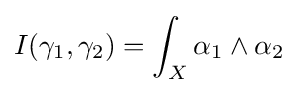
I(\gamma _{1},\gamma _{2})=\int _{X}\alpha _{1}\wedge \alpha _{2}